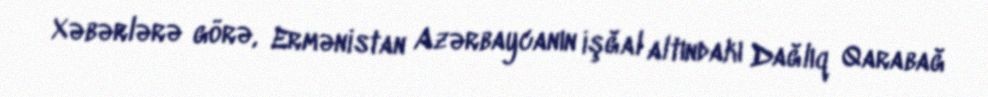
Xəbərlərə görə, Ermənistan Azərbaycanın işğal altındakı Dağlıq Qarabağ